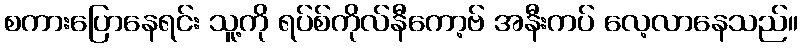
စကားပြောနေရင်း သူ့ကို ရပ်စ်ကိုလ်နီကော့ဗ် အနီးကပ် လေ့လာနေသည်။